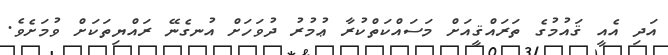
އަދި އެއީ ޤައުމުގެ ތަރައްޤީއަށް މަސައްކަތްކުރާ ޢުމުރު ދުވަހަށް އުނގެނޭ ރައްޔިތަކަށް ވުމަށެވެ.